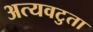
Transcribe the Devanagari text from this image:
अत्यवटुता